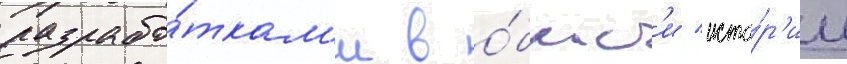
разрабо́ткам'и в о́бласт'и исто́р'ии